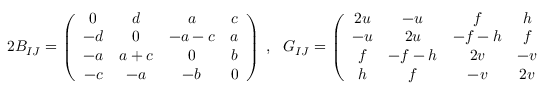
2 B _ { I J } = \left( \begin{array} { c c c c } { { 0 } } & { { d } } & { { a } } & { { c } } \\ { { - d } } & { { 0 } } & { { - a - c } } & { { a } } \\ { { - a } } & { { a + c } } & { { 0 } } & { { b } } \\ { { - c } } & { { - a } } & { { - b } } & { { 0 } } \end{array} \right) ~ , ~ ~ ~ G _ { I J } = \left( \begin{array} { c c c c } { { 2 u } } & { { - u } } & { { f } } & { { h } } \\ { { - u } } & { { 2 u } } & { { - f - h } } & { { f } } \\ { { f } } & { { - f - h } } & { { 2 v } } & { { - v } } \\ { { h } } & { { f } } & { { - v } } & { { 2 v } } \end{array} \right) ~ .